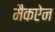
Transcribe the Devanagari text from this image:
मैकऐन